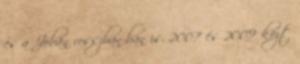
és a Jóban rosszban-ban is. 2007 és 2009 közt